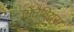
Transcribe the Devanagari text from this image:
वोंटैवियस